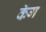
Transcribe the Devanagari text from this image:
कॅग